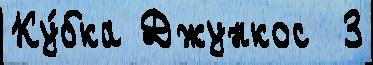
Ку́бка Джункос  3